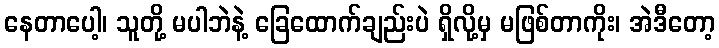
နေတာပေါ့၊ သူတို့ မပါဘဲနဲ့ ခြေထောက်ချည်းပဲ ရှိလို့မှ မဖြစ်တာကိုး၊ အဲဒီတော့